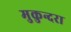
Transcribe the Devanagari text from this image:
मुकुन्दरा